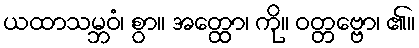
ယထာသမ္ဘဝံ၊ စွာ။ အတ္ထော၊ ကို။ ဝတ္တဗ္ဗော၊ ၏။